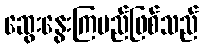
ဆွေးနွေးကြမည်ဖြစ်သည်